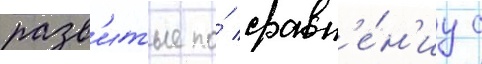
разв'итые по́ сравн'е́н'иу с